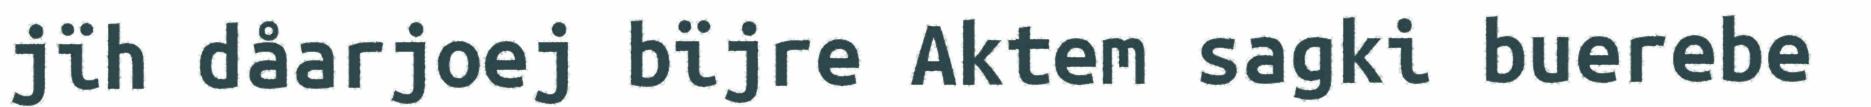
jïh dåarjoej bïjre Aktem sagki buerebe